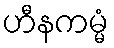
ဟီနကမ္မံ